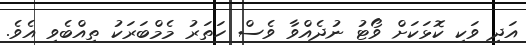
އަދި ވަކި ކޮޅަކަށް ވޯޓު ނުދެއްވާ ވެސް ހަތަރު މެމްބަރަކު ތިއްބެވި އެވެ.